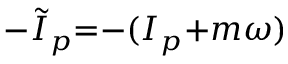
{ - } \widetilde { I } _ { p } { = } { - } ( I _ { p } { + } m \omega )